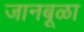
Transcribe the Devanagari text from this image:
जानबूळा